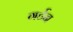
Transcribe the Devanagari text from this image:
गर्टन